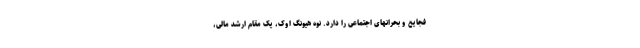
فجایع و بحرانهای اجتماعی را دارد. نوه هیونگ اوک، یک مقام ارشد مالی،